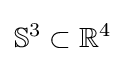
\mathbb {S} ^{3}\subset \mathbb {R} ^{4}